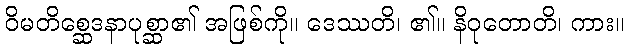
ဝိမတိစ္ဆေဒနာပုစ္ဆာ၏ အဖြစ်ကို။ ဒေဿတိ၊ ၏။ နိဝုတောတိ၊ ကား။